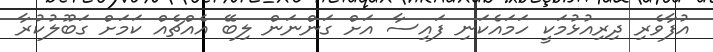
އުފާވެރި ދިރިއުޅުމަކީ ހަމައެކަނި ފައިސާ އަށް ގަންނަން ލިބޭ އެއްޗެއް ކަމަށް ގަބޫލުކުރާ